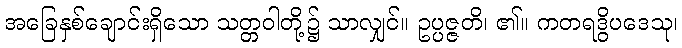
အခြေနှစ်ချောင်းရှိသော သတ္တဝါတို့၌ သာလျှင်။ ဥပ္ပဇ္ဇတိ၊ ၏။ ကတရဒွိပဒေသု၊